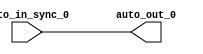
module IntSyncSyncCrossingSink_1(
  input   auto_in_sync_0,
  output  auto_out_0
);
  assign auto_out_0 = auto_in_sync_0; // @[Nodes.scala 1210:84 LazyModule.scala 309:16]
endmodule